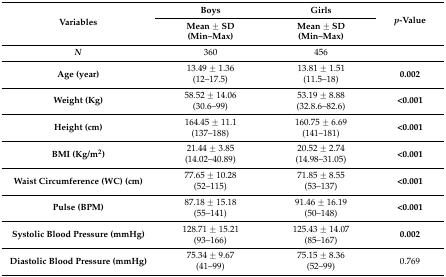
<table><thead><tr><td rowspan="2"><b>Variables</b></td><td><b>Boys </b></td><td><b>Girls </b></td><td rowspan="2"><b><i>p</i>-Value</b></td></tr><tr><td><b>Mean ± SD (Min–Max)</b></td><td><b>Mean ± SD (Min–Max)</b></td></tr></thead><tbody><tr><td><i><b>N</b></i></td><td>360</td><td>456</td><td></td></tr><tr><td><b>Age (year)</b></td><td>13.49 ± 1.36 (12–17.5)</td><td>13.81 ± 1.51 (11.5–18)</td><td><b>0.002</b></td></tr><tr><td><b>Weight (Kg)</b></td><td>58.52 ± 14.06 (30.6–99)</td><td>53.19 ± 8.88 (32.8.6–82.6)</td><td><b>&lt;0.001</b></td></tr><tr><td><b>Height (cm)</b></td><td>164.45 ± 11.1 (137–188)</td><td>160.75 ± 6.69 (141–181)</td><td><b>&lt;0.001</b></td></tr><tr><td><b>BMI (Kg/m<sup>2</sup>)</b></td><td>21.44 ± 3.85 (14.02–40.89)</td><td>20.52 ± 2.74 (14.98–31.05)</td><td><b>&lt;0.001</b></td></tr><tr><td><b>Waist Circumference (WC) (cm)</b></td><td>77.65 ± 10.28 (52–115)</td><td>71.85 ± 8.55 (53–137)</td><td><b>&lt;0.001</b></td></tr><tr><td><b>Pulse (BPM)</b></td><td>87.18 ± 15.18 (55–141)</td><td>91.46 ± 16.19 (50–148)</td><td><b>&lt;0.001</b></td></tr><tr><td><b>Systolic Blood Pressure (mmHg)</b></td><td>128.71 ± 15.21 (93–166)</td><td>125.43 ± 14.07 (85–167)</td><td><b>0.002</b></td></tr><tr><td><b>Diastolic Blood Pressure (mmHg)</b></td><td>75.34 ± 9.67 (41–99)</td><td>75.15 ± 8.36 (52–99)</td><td>0.769</td></tr></tbody></table>